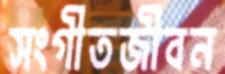
সংগীতজীবন